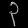
Digit: ၃